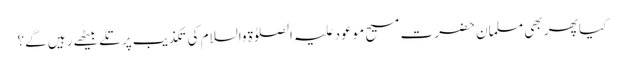
کیا پھر بھی مسلمان حضرت مسیح موعود علیہ الصلوٰۃ والسلام کی تکذیب پر تلے بیٹھے رہیں گے؟